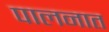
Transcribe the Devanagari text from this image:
पालनात